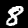
Digit: 8